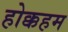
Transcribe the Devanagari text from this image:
होक्कहम